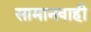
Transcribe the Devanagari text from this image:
सामानवाही